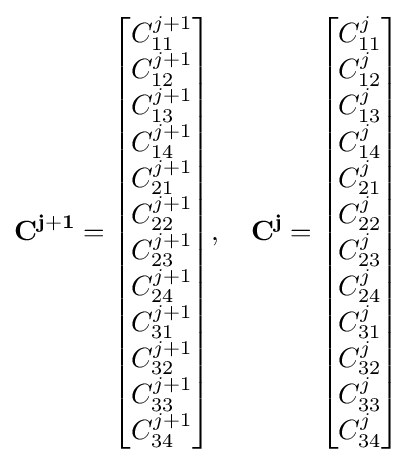
\mathbf {C^{j+1}} ={\begin{bmatrix}C_{11}^{j+1}\\C_{12}^{j+1}\\C_{13}^{j+1}\\C_{14}^{j+1}\\C_{21}^{j+1}\\C_{22}^{j+1}\\C_{23}^{j+1}\\C_{24}^{j+1}\\C_{31}^{j+1}\\C_{32}^{j+1}\\C_{33}^{j+1}\\C_{34}^{j+1}\end{bmatrix}},\quad \mathbf {C^{j}} ={\begin{bmatrix}C_{11}^{j}\\C_{12}^{j}\\C_{13}^{j}\\C_{14}^{j}\\C_{21}^{j}\\C_{22}^{j}\\C_{23}^{j}\\C_{24}^{j}\\C_{31}^{j}\\C_{32}^{j}\\C_{33}^{j}\\C_{34}^{j}\end{bmatrix}}